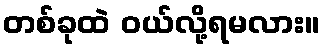
တစ်ခုထဲ ဝယ်လို့ရမလား။